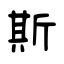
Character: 斯